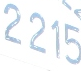
2215